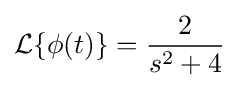
{\mathcal {L}}\{\phi (t)\}={\frac {2}{s^{2}+4}}